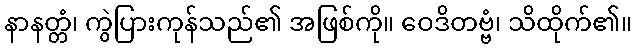
နာနတ္တံ၊ ကွဲပြားကုန်သည်၏ အဖြစ်ကို။ ဝေဒိတဗ္ဗံ၊ သိထိုက်၏။